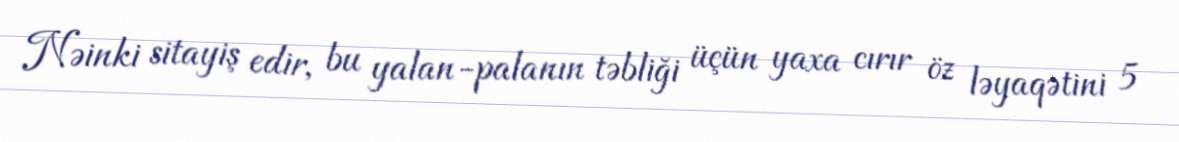
Nəinki sitayiş edir, bu yalan-palanın təbliği üçün yaxa cırır öz ləyaqətini 5